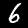
Digit: 6